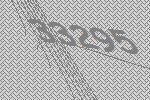
33295